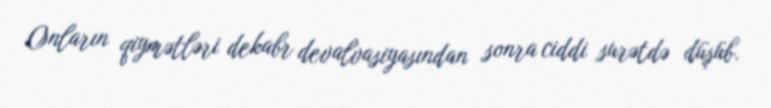
Onların qiymətləri dekabr devalvasiyasından sonra ciddi surətdə düşüb.